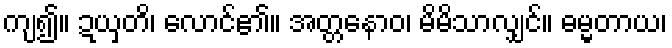
ကျ၍။ ဍယှတိ၊ လောင်၏။ အတ္တနောဝ၊ မိမိသာလျှင်။ ဓမ္မတာယ၊